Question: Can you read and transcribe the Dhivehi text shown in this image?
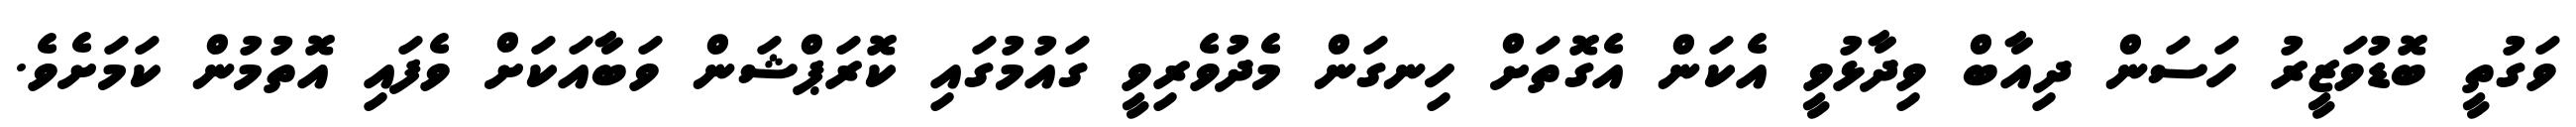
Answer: ވަގުތީ ބޮޑުވަޒީރު ހަސަން ދިއާބް ވިދާޅުވީ އެކަން އެގޮތަށް ހިނގަން މެދުވެރިވީ ގައުމުގައި ކޮރަޕްޝަން ވަބާއަކަށް ވެފައި އޮތުމުން ކަމަށެވެ.